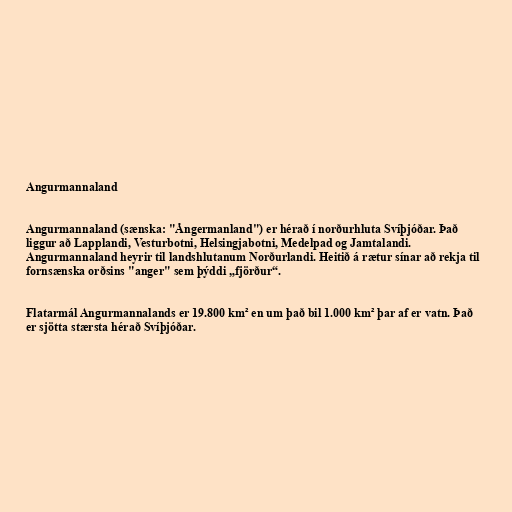
Angurmannaland

Angurmannaland (sænska: "Ångermanland") er hérað í norðurhluta Svíþjóðar. Það
liggur að Lapplandi, Vesturbotni, Helsingjabotni, Medelpad og Jamtalandi.
Angurmannaland heyrir til landshlutanum Norðurlandi. Heitið á rætur sínar að rekja til
fornsænska orðsins "anger" sem þýddi „fjörður“.

Flatarmál Angurmannalands er 19.800 km² en um það bil 1.000 km² þar af er vatn. Það
er sjötta stærsta hérað Svíþjóðar.